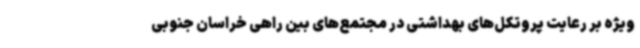
ویژه بر رعایت پروتکل‌های بهداشتی در مجتمع‌های بین راهی خراسان جنوبی